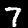
Label: 7